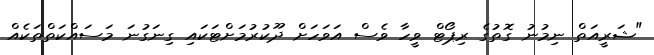
"ޝަރީއަތް ނިމުނު ގޮތުގެ ރިޕޯޓް ވީހާ ވެސް އަވަހަށް ދޫކުރުމަށްޓަކައި ގިނަގުނަ މަސައްކަތްތަކެއް